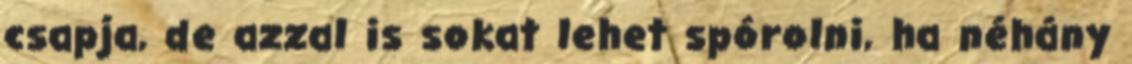
csapja, de azzal is sokat lehet spórolni, ha néhány